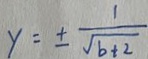
y = \pm \frac { 1 } { \sqrt { b + 2 } }